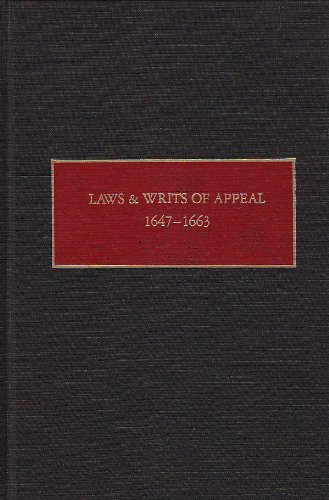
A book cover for Laws and Writs of Appeal, 1647-1663 (New Netherland Documents); New Netherland; Law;